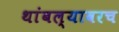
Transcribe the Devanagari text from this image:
थांबल्यावरच